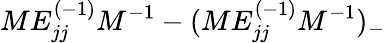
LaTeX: ME_{jj}^{(-1)}M^{-1}-(ME_{jj}^{(-1)}M^{-1})_{-}